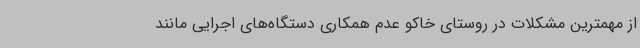
از مهمترین مشکلات در روستای خاکو عدم همکاری دستگاه‌های اجرایی مانند